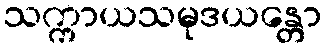
သက္ကာယသမုဒယန္တော